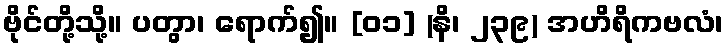
ဗိုင်တို့သို့။ ပတွာ၊ ရောက်၍။ [၀၁] (နိ၊ ၂၃၉) အဟိရိကဗလံ၊